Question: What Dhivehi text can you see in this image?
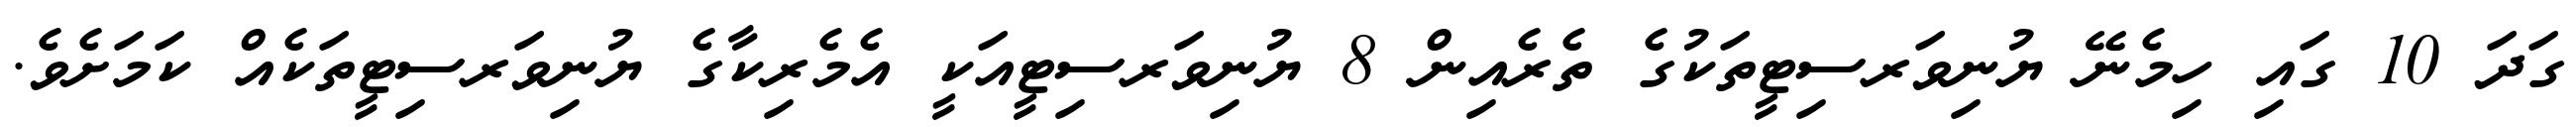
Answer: ގަދަ 10 ގައި ހިމެނޭ ޔުނިވަރސިޓީތަކުގެ ތެރެއިން 8 ޔުނިވަރސިޓީއަކީ އެމެރިކާގެ ޔުނިވަރސިޓީތަކެއް ކަމަށެވެ.